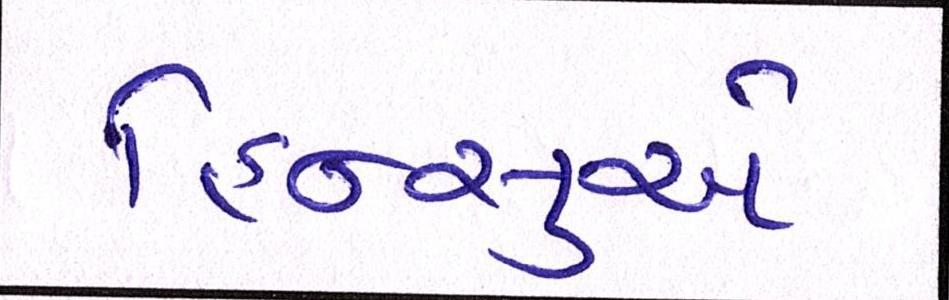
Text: હિન્સુએ